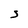
Character: S